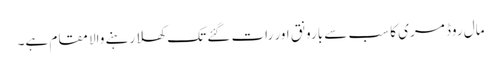
مال روڈ مری کا سب سے بارونق اور رات گئے تک کھلا رہنے والا مقام ہے۔